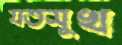
যতসুখ